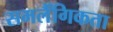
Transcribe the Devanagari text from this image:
समलैँगिकता